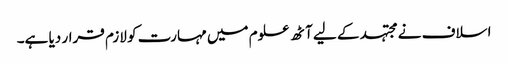
اسلاف نے مجتہد کے لیے آٹھ علوم میں مہارت کو لازم قرار دیا ہے۔